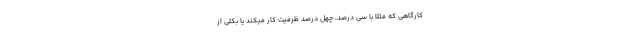
کارگاهی که مثلاً با سی درصد، چهل درصد ظرفیّت کار میکند یا بکلّی از